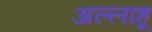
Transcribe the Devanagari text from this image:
अल्लाहू